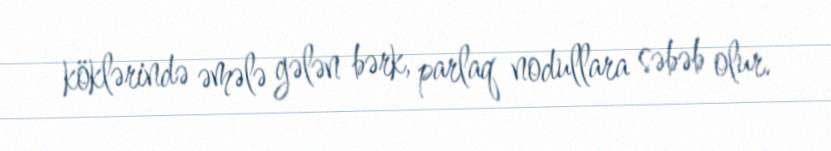
köklərində əmələ gələn bərk, parlaq nodullara səbəb olur.